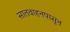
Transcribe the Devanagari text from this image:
सातवाहनपासून